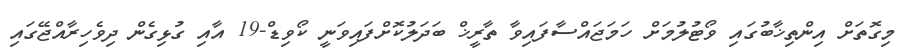
މިގޮތަށް އިންތިޚާބުގައި ވޯޓުލުމަށް ހަމަޖައްސާފައިވާ ތާރީޚް ބަދަލުކޮށްފައިވަނީ ކޯވިޑް-19 އާއި ގުޅިގެން ދިވެހިރާއްޖޭގައި